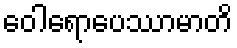
ဝေါရောပေဿာမာတိ